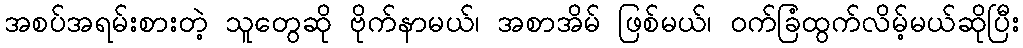
အစပ်အရမ်းစားတဲ့ သူတွေဆို ဗိုက်နာမယ်၊ အစာအိမ် ဖြစ်မယ်၊ ဝက်ခြံထွက်လိမ့်မယ်ဆိုပြီး